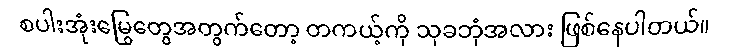
စပါးအုံးမြွေတွေအတွက်တော့ တကယ့်ကို သုခဘုံအလား ဖြစ်နေပါတယ်။